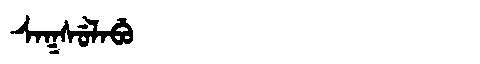
Manchu: ᠰᠠᡴᠰᡠᠯᠠᠪᡠ
Romanization: SAKSULABU